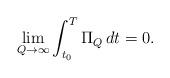
LaTeX: \begin{align*}\lim_{Q\to \infty}\int_{t_0}^{T} \Pi_Q \,dt=0.\end{align*}